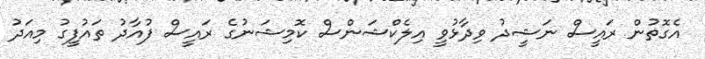
އެގޮތުން ރައީސް ނަޝީދު ވިދާޅުވީ އިލެކްޝަންސް ކޮމިޝަނުގެ ރައީސް ފުއާދު ތައުފީގު މިއަދު